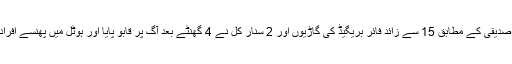
چیف فائر آفیسر فیصل صدیقی کے مطابق 15 سے زائد فائر بریگیڈ کی گاڑیوں اور 2 سنار کل نے 4 گھنٹے بعد آگ پر قابو پایا اور ہوٹل میں پھنسے افراد کو بھی باہر نکالا گیا۔